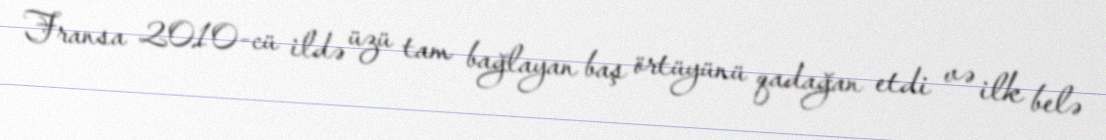
Fransa 2010-cü ildə üzü tam bağlayan baş örtüyünü qadağan etdi və ilk belə